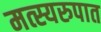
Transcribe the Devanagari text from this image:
मत्स्यरुपात